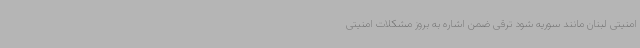
امنیتی لبنان مانند سوریه شود ترقی ضمن اشاره به بروز مشکلات امنیتی